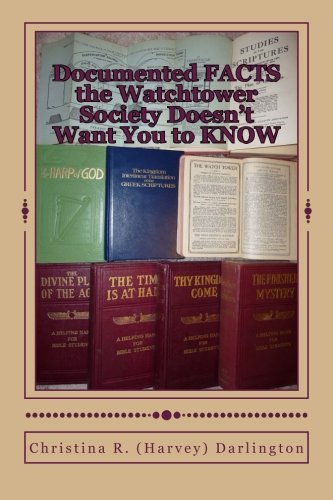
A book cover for Documented FACTS the Watchtower Society Doesn't Want You to KNOW; Christina R (Harvey) Darlington; Christian Books & Bibles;